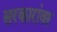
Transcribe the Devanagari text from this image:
सरकारांवर